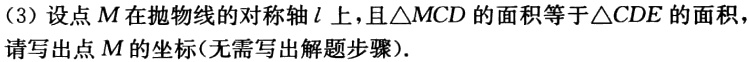
（3）设点\(M\)在抛物线的对称轴\(l\)上，且\(\triangle MCD\)的面积等于\(\triangle CDE\)的面积，请写出点\(M\)的坐标（无需写出解题步骤）.